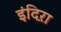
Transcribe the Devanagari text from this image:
इंदिऱा